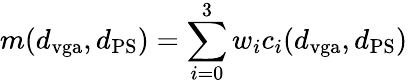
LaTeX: m(d_{\mathrm{vga}},d_{\mathrm{PS}})=\sum_{i=0}^{3}w_{i}c_{i}(d_{\mathrm{vga}},d_{\mathrm{PS}})